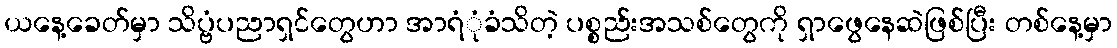
ယနေ့ခေတ်မှာ သိပ္ဗံပညာရှင်တွေဟာ အာရံုံခံသိတဲ့ ပစ္စည်းအသစ်တွေကို ရှာဖွေနေဆဲဖြစ်ပြီး တစ်နေ့မှာ